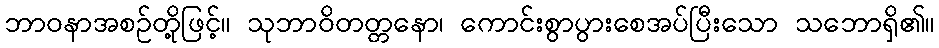
ဘာဝနာအစဉ်တို့ဖြင့်။ သုဘာဝိတတ္တနော၊ ကောင်းစွာပွားစေအပ်ပြီးသော သဘောရှိ၏။